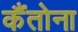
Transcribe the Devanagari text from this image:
कैंतोना